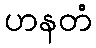
ဟနတံ